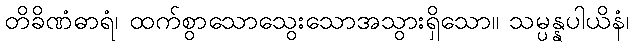
တိခိဏံဓာရံ၊ ထက်စွာသောသွေးသောအသွားရှိသော။ သမ္ပန္နပါယိနံ၊